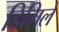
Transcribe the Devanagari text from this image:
डिमिले